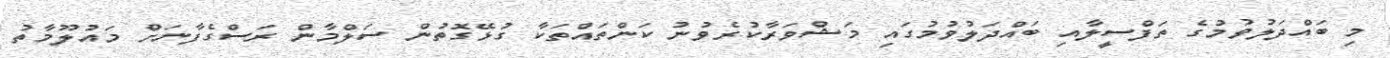
މި ބައްދަލުވުމުގެ ތަފްސީލާއި ބައްދަލުވުމުގައި މަޝްވަރާކުރެވުނު ކަންތައްތަކާ ގުޅޭގޮތުން ސަލްމާން ރަސްގެފާނަށް މައުލޫމާތު